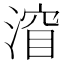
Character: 㴭